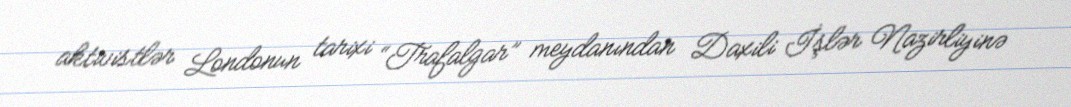
aktivistlər Londonun tarixi “Trafalgar” meydanından Daxili İşlər Nazirliyinə